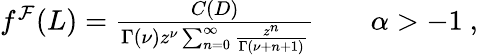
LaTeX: \begin{array}{r}{f^{\mathcal{F}}(L)=\frac{C(D)}{\Gamma(\nu)z^{\nu}\sum_{n=0}^{\infty}\frac{z^{n}}{\Gamma(\nu+n+1)}}\qquad\alpha>-1\ ,}\end{array}